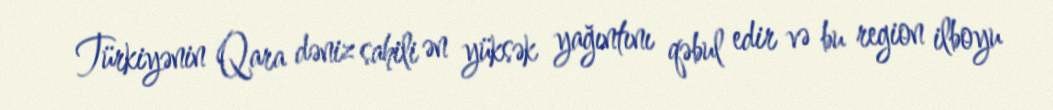
Türkiyənin Qara dəniz sahili ən yüksək yağıntını qəbul edir və bu region ilboyu